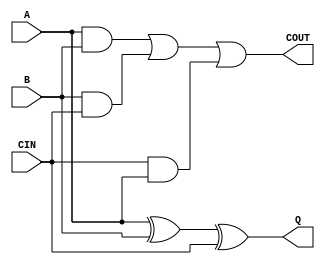
//
// tEA_\oZH1 -|[gEXg
module fulladd(A, B, CIN, Q, COUT);
	input A, B, CIN;
	output Q, COUT;
	
	assign Q = A ^ B ^ CIN;
	assign COUT = (A & B) | (B & CIN) | (CIN & A);
	
	endmodule